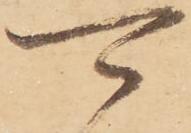
可